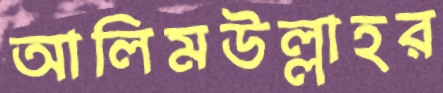
আলিমউল্লাহর